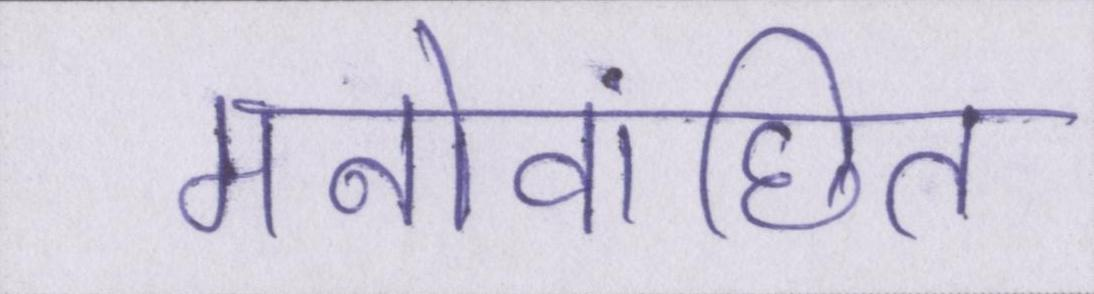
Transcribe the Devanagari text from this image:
मनोवांछित